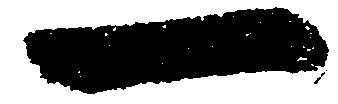
一